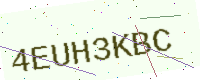
Text: 4EUH3KBC